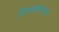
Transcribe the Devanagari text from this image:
विजयवाडयाला